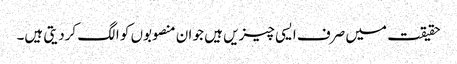
حقیقت میں صرف ایسی چیزیں ہیں جو ان منصوبوں کو الگ کردیتی ہیں۔